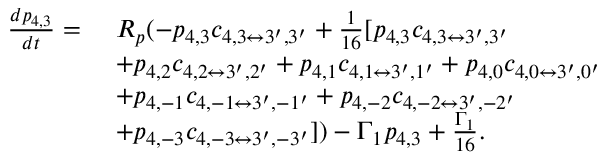
\begin{array} { r l } { \frac { d p _ { 4 , 3 } } { d t } = } & { ~ R _ { p } ( - p _ { 4 , 3 } c _ { 4 , 3 \leftrightarrow 3 ^ { \prime } , 3 ^ { \prime } } + \frac { 1 } { 1 6 } [ p _ { 4 , 3 } c _ { 4 , 3 \leftrightarrow 3 ^ { \prime } , 3 ^ { \prime } } } \\ & { ~ + p _ { 4 , 2 } c _ { 4 , 2 \leftrightarrow 3 ^ { \prime } , 2 ^ { \prime } } + p _ { 4 , 1 } c _ { 4 , 1 \leftrightarrow 3 ^ { \prime } , 1 ^ { \prime } } + p _ { 4 , 0 } c _ { 4 , 0 \leftrightarrow 3 ^ { \prime } , 0 ^ { \prime } } } \\ & { ~ + p _ { 4 , - 1 } c _ { 4 , - 1 \leftrightarrow 3 ^ { \prime } , - 1 ^ { \prime } } + p _ { 4 , - 2 } c _ { 4 , - 2 \leftrightarrow 3 ^ { \prime } , - 2 ^ { \prime } } } \\ & { ~ + p _ { 4 , - 3 } c _ { 4 , - 3 \leftrightarrow 3 ^ { \prime } , - 3 ^ { \prime } } ] ) - \Gamma _ { 1 } p _ { 4 , 3 } + \frac { \Gamma _ { 1 } } { 1 6 } . } \end{array}